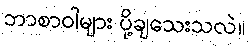
ဘာစာဝါများ ပို့ချသေးသလဲ။